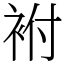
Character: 袝